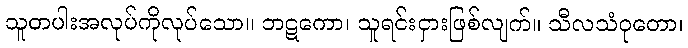
သူတပါးအလုပ်ကိုလုပ်သော။ ဘဋကော၊ သူရင်းငှားဖြစ်လျက်။ သီလသံဝုတော၊